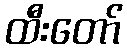
ထီးတော်